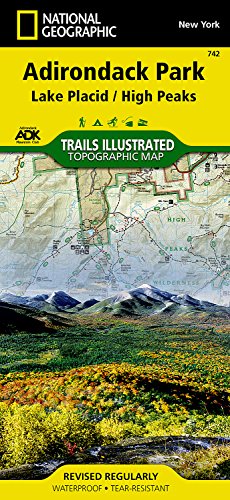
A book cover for Lake Placid, High Peaks: Adirondack Park (National Geographic Trails Illustrated Map); National Geographic Maps - Trails Illustrated; Travel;